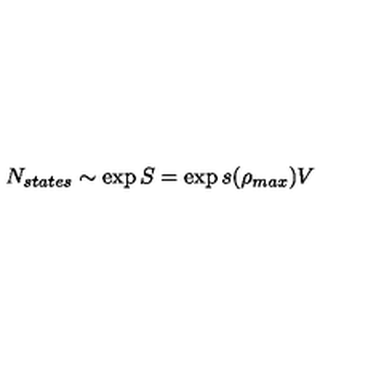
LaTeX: N _ { s t a t e s } \sim \exp { S } = \exp s ( \rho _ { m a x } ) V